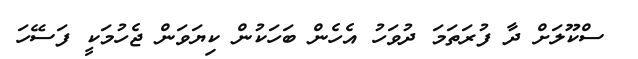
ސްކޫލަށް ދާ ފުރަތަމަ ދުވަހު އެހެން ބަހަކުން ކިޔަވަން ޖެހުމަކީ ފަސޭހަ